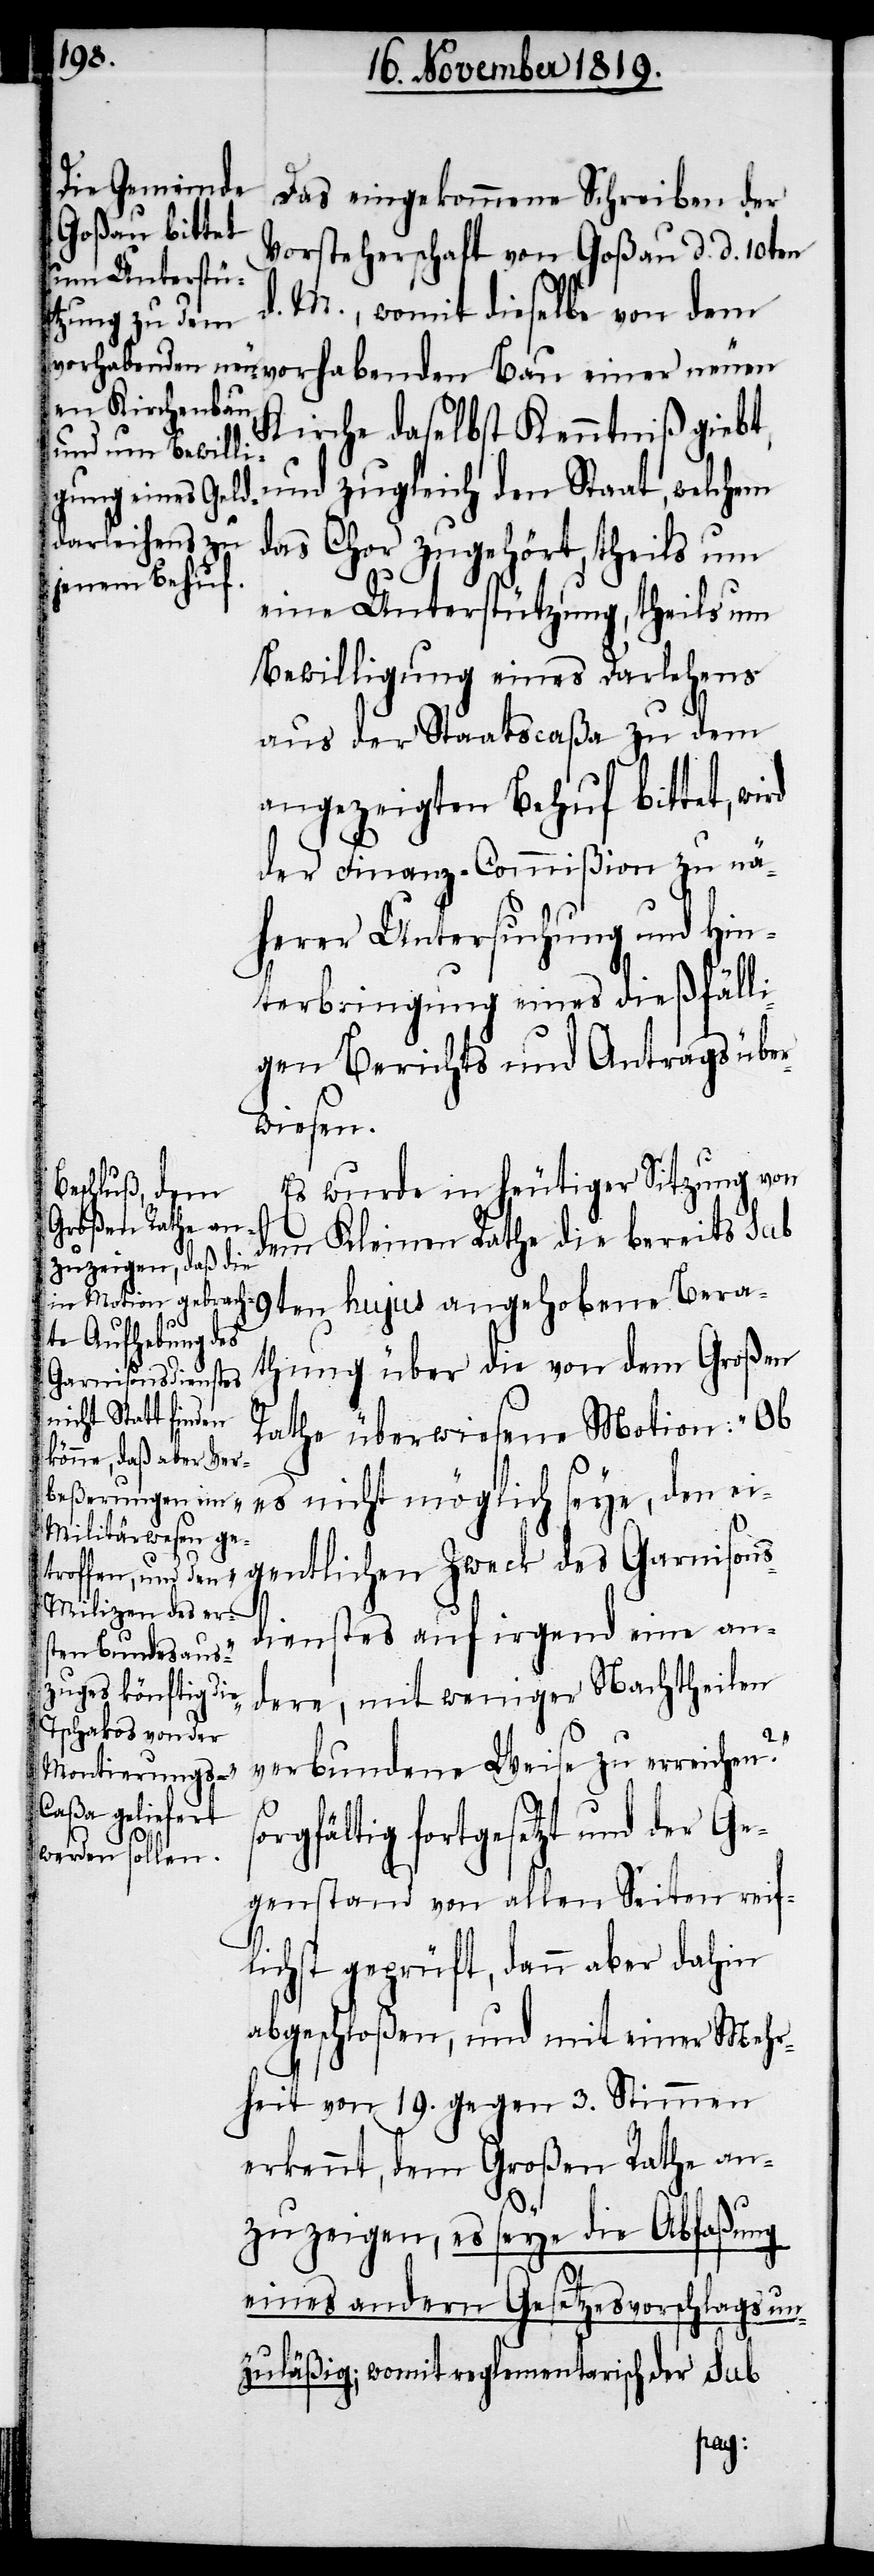
Das eingekommene Schreiben der
Vorsteherschaft von Goßau d. d. 10ten
d. M., womit dieselbe von dem
Kirche daselbst Kenntniß giebt,
und zugleich den Staat, welchem
das Chor zugehört, theils um
eine Unterstützung, theils um
Bewilligung eines Darlehens
aus der Staatscaßa zu dem
angezeigten Behuf bittet, wi¬
der Finanz-Commißion zu nä¬
herer Untersuchung und Hin¬
terbringung eines dießfälli¬
gen Berichts und Antrags über¬
wiesen.
Es wurde in heutiger Sitzung von
rd
dem Kleinen Rathe die bereits sub
9ten hujus angehobene Bera¬
thung über die von dem Großen
Rathe überwiesene Motion: „Ob
es nicht möglich seye, den ei¬
dienstes auf irgend eine an¬
dere, mit weniger Nachtheilen
verbundene Weise zu erreichen?“
sorgfältig fortgesetzt und der Ge¬
genstand von allen Seiten reif¬
lichst geprüft, dann aber dahin
abgeschloßen, und mit einer Mehr¬
heit von 19. gegen 3. Stimmen
erkennt, dem Großen Rathe an¬
zuzeigen, es seye die Abfaßung
eines andern Gesetzesvorschlags un¬
zuläßig; womit reglementarisch der sub
sons¬